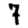
Digit: 7